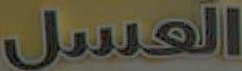
العسل